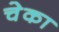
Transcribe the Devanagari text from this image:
चेका